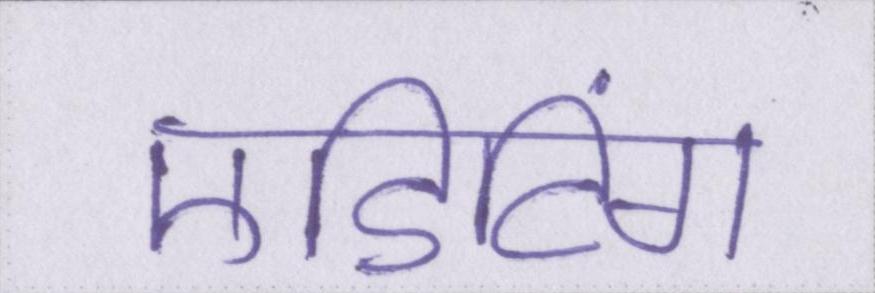
एडिटिंग